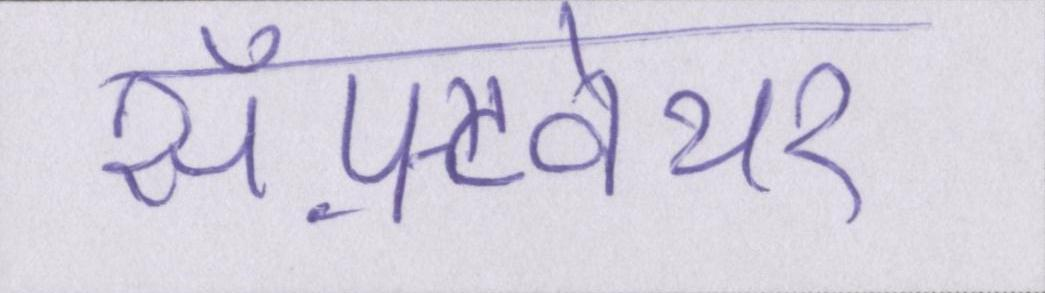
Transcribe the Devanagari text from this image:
सॉफ़्टवेयर